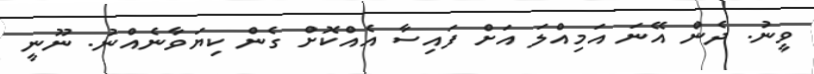
ވީނު. ދެން އޭނަ އަމިއްލަ އަށް ފައިސާ އެއްކޮށް ގެން ކިޔަވާނެއްނު. ނޫނީ